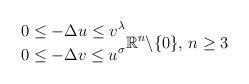
LaTeX: \begin{align*} \begin{aligned} 0 & \le -\Delta u\le v^\lambda\\ 0 & \le -\Delta v\le u^\sigma \end{aligned} \mathbb{R}^n \backslash \{0\}, \, n\geq 3 \end{align*}